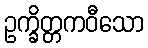
ဥက္ခိတ္တကဝီသော